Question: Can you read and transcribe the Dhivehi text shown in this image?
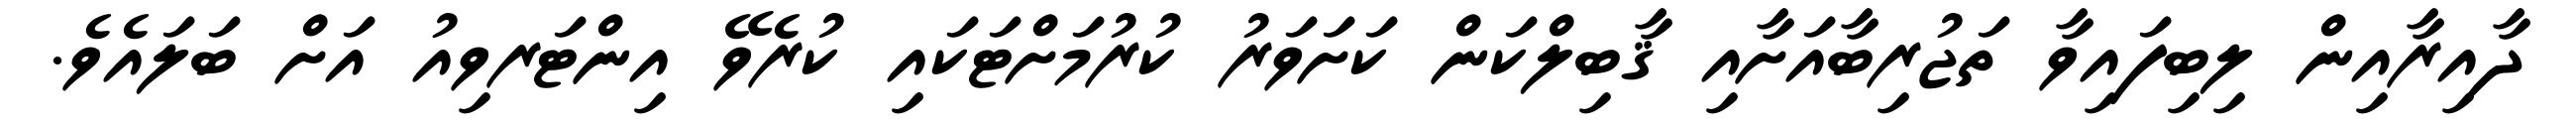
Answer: ދާއިރާއިން ލިބިފައިވާ ތަޖުރިބާއަށާއި ޤާބިލްކަން ކަށަވަރު ކުރުމަށްޓަކައި ކުރެވޭ އިންޓަރވިއު އަށް ބަލައެވެ.